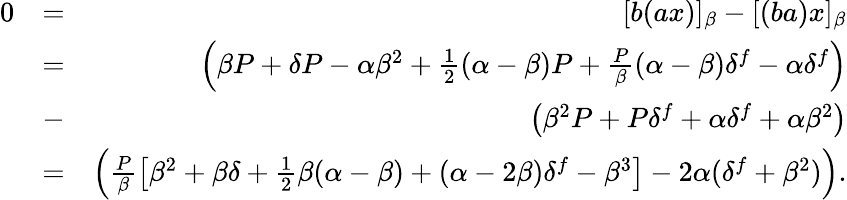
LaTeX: \begin{array}{rlr}{0}&{=}&{[b(ax)]_{\beta}-[(ba)x]_{\beta}}\\ &{=}&{\left(\beta P+\delta P-\alpha\beta^{2}+\frac{1}{2}(\alpha-\beta)P+\frac{P}{\beta}(\alpha-\beta)\delta^{f}-\alpha\delta^{f}\right)}\\ &{-}&{\left(\beta^{2}P+P\delta^{f}+\alpha\delta^{f}+\alpha\beta^{2}\right)}\\ &{=}&{\left(\frac{P}{\beta}\left[\beta^{2}+\beta\delta+\frac{1}{2}\beta(\alpha-\beta)+(\alpha-2\beta)\delta^{f}-\beta^{3}\right]-2\alpha(\delta^{f}+\beta^{2})\right).}\end{array}